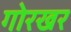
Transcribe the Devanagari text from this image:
गोरखर